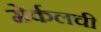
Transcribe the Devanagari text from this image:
मेर्कलची